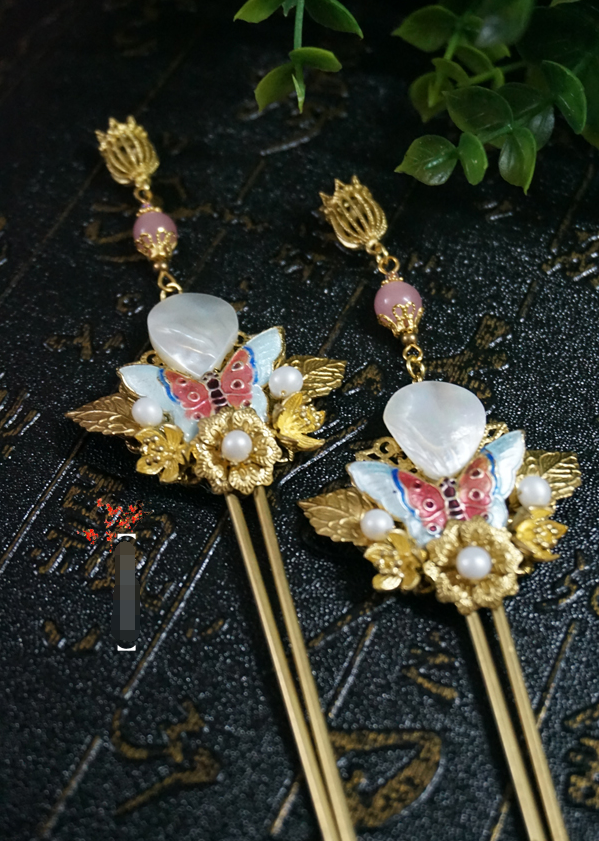
寻桃觅柳，开遍南枝未觉。